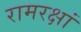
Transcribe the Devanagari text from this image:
रामरक्षां